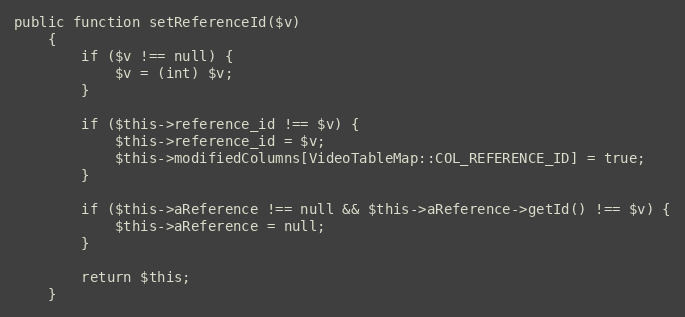
Language: PHP
public function setReferenceId($v)
    {
        if ($v !== null) {
            $v = (int) $v;
        }

        if ($this->reference_id !== $v) {
            $this->reference_id = $v;
            $this->modifiedColumns[VideoTableMap::COL_REFERENCE_ID] = true;
        }

        if ($this->aReference !== null && $this->aReference->getId() !== $v) {
            $this->aReference = null;
        }

        return $this;
    }